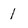
Character: 1